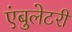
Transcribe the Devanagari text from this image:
एंबुलेटरी